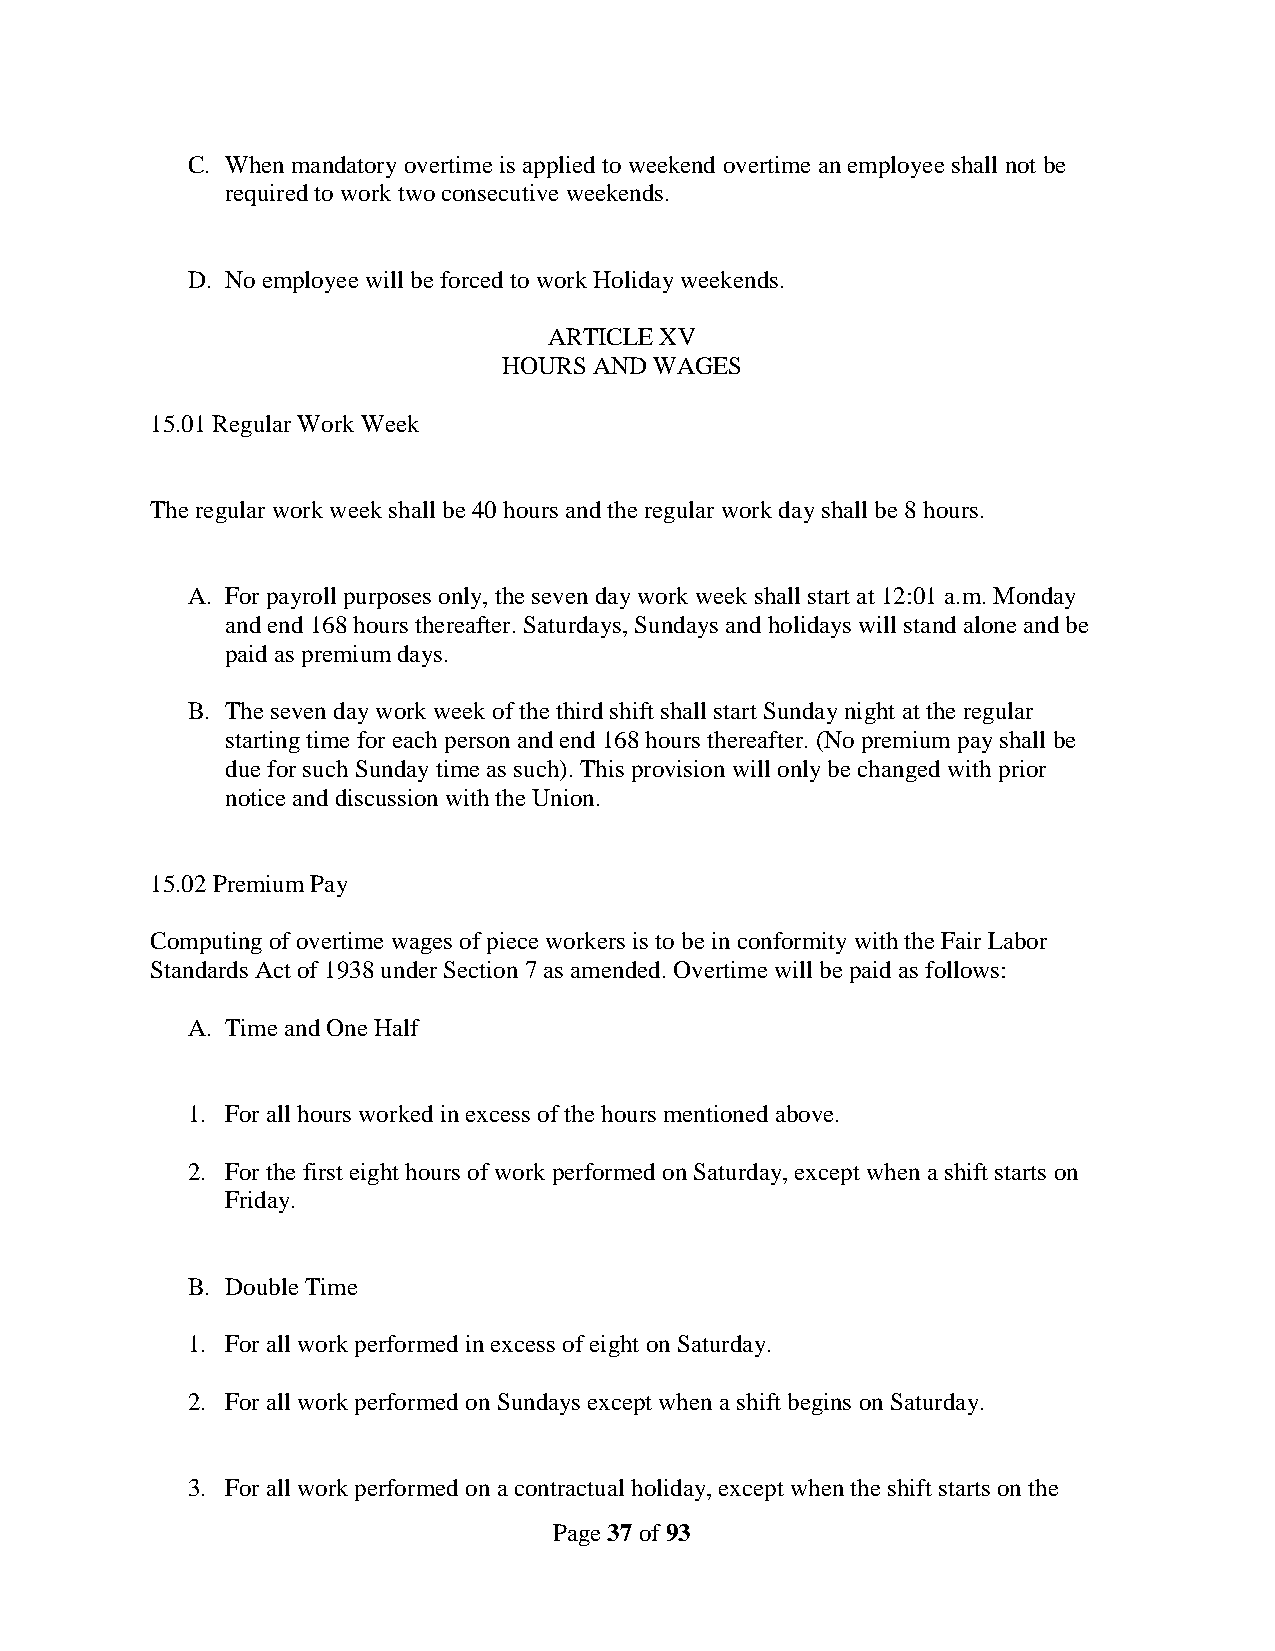
C. When mandatory overtime is applied to weekend overtime an employee shall not be
 required to work two consecutive weekends.
 D. No employee will be forced to work Holiday weekends.
 ARTICLE XV
 HOURS AND WAGES
 15.01 Regular Work Week
 The regular work week shall be 40 hours and the regular work day shall be 8 hours.
 A. For payroll purposes only, the seven day work week shall start at 12:01 a.m. Monday
 and end 168 hours thereafter. Saturdays, Sundays and holidays will stand alone and be
 paid as premium days.
 B. The seven day work week of the third shift shall start Sunday night at the regular
 starting time for each person and end 168 hours thereafter. (No premium pay shall be
 due for such Sunday time as such). This provision will only be changed with prior
 notice and discussion with the Union.
 15.02 Premium Pay
 Computing of overtime wages of piece workers is to be in conformity with the Fair Labor
 Standards Act of 1938 under Section 7 as amended. Overtime will be paid as follows:
 A. Time and One Half
 1. For all hours worked in excess of the hours mentioned above.
 2. For the first eight hours of work performed on Saturday, except when a shift starts on
 Friday.
 B. Double Time
 1. For all work performed in excess of eight on Saturday.
 2. For all work performed on Sundays except when a shift begins on Saturday.
 3. For all work performed on a contractual holiday, except when the shift starts on the
 Page 37 of 93